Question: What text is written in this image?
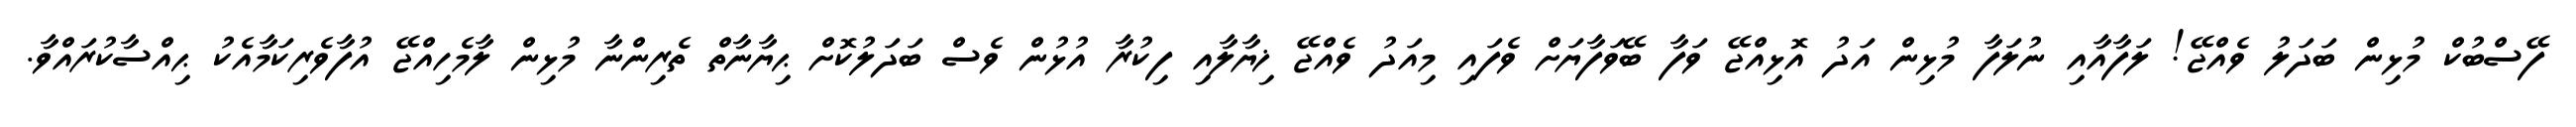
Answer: ފޭސްބުކް މުޅިން ބަދަލު ވެއްޖޭ! ލަފާއާއި ނުލަފާ މުޅިން އަދު އޮޅިއްޖޭ ވަފާ ބޭވަފާޔަށް ވެފައި މިއަދު ވެއްޖޭ ޚިޔާލާއި ފިކުރާ އުޅުން ވެސް ބަދަލުކޮށް ޙިޔާނާތް ތެރިންނާ މުޅިން ލާމެހިއްޖޭ އުފާވެރިކަމާއެކު ޙިއްސާކުރައްވާ.